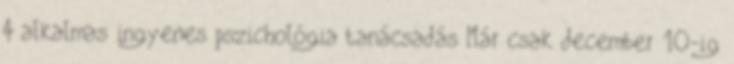
4 alkalmas ingyenes pszichológia tanácsadás Már csak december 10-ig